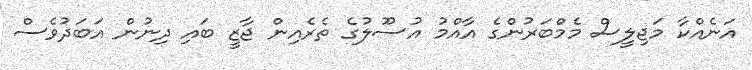
އަނެއްކާ މަޖިލީސް މެމްބަރުންގެ އާއްމު އުސޫލުގެ ތެރެއިން ޖާޒީ ބައި ދިނުން އަބަދުވެސް